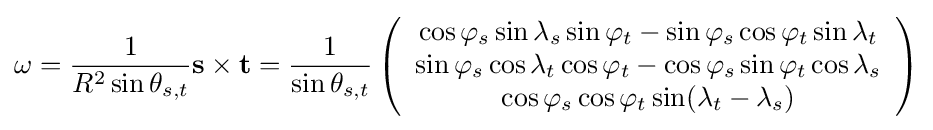
\mathbf {\omega } ={\frac {1}{R^{2}\sin \theta _{s,t}}}\mathbf {s} \times \mathbf {t} ={\frac {1}{\sin \theta _{s,t}}}\left({\begin{array}{c}\cos \varphi _{s}\sin \lambda _{s}\sin \varphi _{t}-\sin \varphi _{s}\cos \varphi _{t}\sin \lambda _{t}\\\sin \varphi _{s}\cos \lambda _{t}\cos \varphi _{t}-\cos \varphi _{s}\sin \varphi _{t}\cos \lambda _{s}\\\cos \varphi _{s}\cos \varphi _{t}\sin(\lambda _{t}-\lambda _{s})\end{array}}\right)